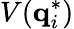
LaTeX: V(\mathbf{q}_{i}^{*})